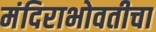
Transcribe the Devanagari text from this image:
मंदिराभोवतीचा